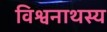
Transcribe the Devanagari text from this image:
विश्वनाथस्य